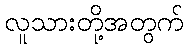
လူသားတို့အတွက်